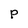
Character: P